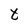
Character: t